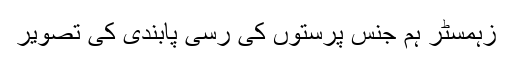
زہمسٹر ہم جنس پرستوں کی رسی پابندی کی تصویر